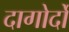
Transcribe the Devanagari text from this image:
दागोर्दो